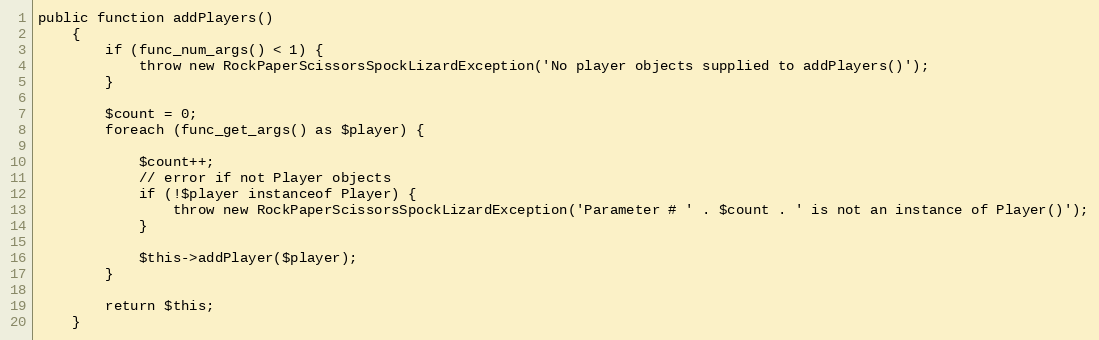
Language: PHP
public function addPlayers()
    {
        if (func_num_args() < 1) {
            throw new RockPaperScissorsSpockLizardException('No player objects supplied to addPlayers()');
        }

        $count = 0;
        foreach (func_get_args() as $player) {

            $count++;
            // error if not Player objects
            if (!$player instanceof Player) {
                throw new RockPaperScissorsSpockLizardException('Parameter # ' . $count . ' is not an instance of Player()');
            }

            $this->addPlayer($player);
        }

        return $this;
    }